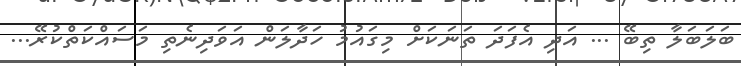
ބަލަބަލާ ތިބޭ ... އަދި އެފަދަ ތަނަކަށް މިގައުމު ހަދާލަން އަވަދިނެތި މަސައްކަތްކުރޭ...